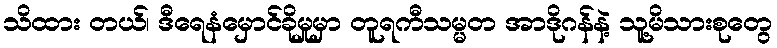
သိထား တယ်၊ ဒီရေနံမှောင်ခိုမှုမှာ တူရကီသမ္မတ အာဒိုဂန်နဲ့ သူ့မိသားစုတွေ